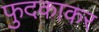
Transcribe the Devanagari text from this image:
फुदकाकर